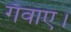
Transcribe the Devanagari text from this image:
गँवाएं।